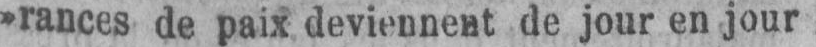
de jour en jour